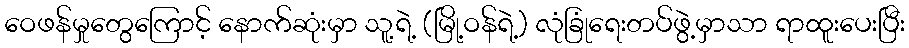
ဝေဖန်မှုတွေကြောင့် နောက်ဆုံးမှာ သူ့ရဲ့ (မြို့ဝန်ရဲ့) လုံခြုံရေးတပ်ဖွဲ့မှာသာ ရာထူးပေးပြီး